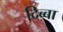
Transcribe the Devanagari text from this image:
दिब्बा